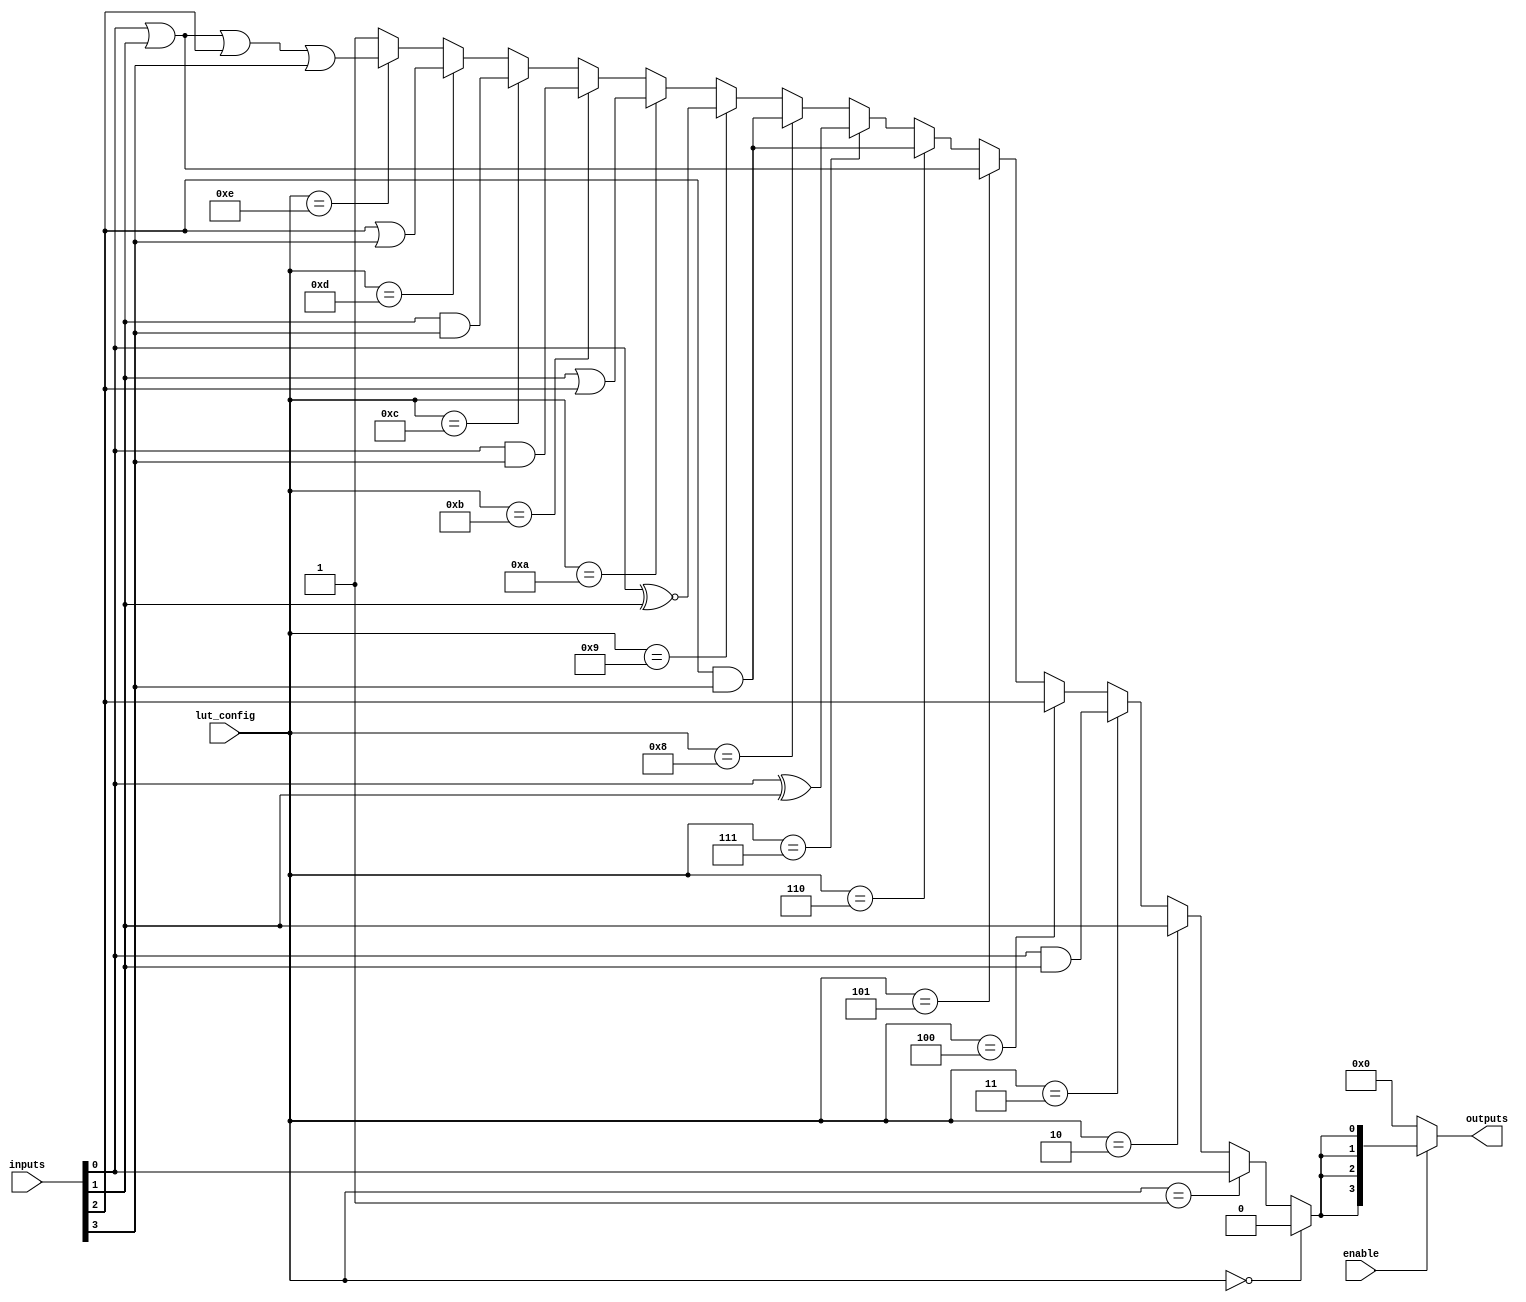
module CLB (
    input wire [3:0] inputs,        // 4 input signals
    input wire [3:0] lut_config,    // LUT configuration signals (4 bits for LUT)
    input wire enable,               // Control signal to enable the output
    output reg [3:0] outputs         // 4 output signals
);

// Internal wire to hold LUT output
wire lut_output;

// 4-input LUT implementation
assign lut_output = (lut_config == 4'b0000) ? 0 :
                    (lut_config == 4'b0001) ? inputs[0] :
                    (lut_config == 4'b0010) ? inputs[1] :
                    (lut_config == 4'b0011) ? (inputs[0] & inputs[1]) :
                    (lut_config == 4'b0100) ? inputs[2] :
                    (lut_config == 4'b0101) ? (inputs[0] | inputs[1]) :
                    (lut_config == 4'b0110) ? (inputs[2] & inputs[3]) :
                    (lut_config == 4'b0111) ? (inputs[0] ^ inputs[1]) :
                    (lut_config == 4'b1000) ? (inputs[3] & inputs[2]) :
                    (lut_config == 4'b1001) ? (inputs[0] ~^ inputs[1]) :
                    (lut_config == 4'b1010) ? (inputs[1] | inputs[2]) :
                    (lut_config == 4'b1011) ? (inputs[0] & inputs[3]) :
                    (lut_config == 4'b1100) ? (inputs[1] & inputs[3]) :
                    (lut_config == 4'b1101) ? (inputs[2] | inputs[3]) :
                    (lut_config == 4'b1110) ? (inputs[0] | inputs[1] | inputs[2] | inputs[3]) :
                    1; // Default case

// Output logic with enable control
always @(*) begin
    if (enable) begin
        outputs = {lut_output, lut_output, lut_output, lut_output}; // Replicate LUT output
    end else begin
        outputs = 4'b0000; // Output zero when disabled
    end
end

endmodule